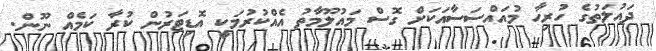
ދައުލަތުގެ ހުރިހާ މުއައްސަސާއަކަށް ގޮސް މައުލޫމާތު އެއްކުރުމަކީ އޮޑިޓަރުން ކުރާ ކަމެއް ނޫން.